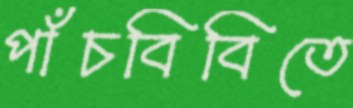
পাঁচবিবিতে